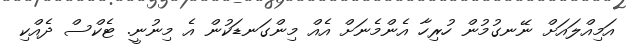
އަމިއްލައަށް ނޭނގުމުން ހުރިހާ އެންމެނަށް އެއް މިންގަނޑަކުން އެ މިނުނީ. ޓެކްސް ދެއްކި